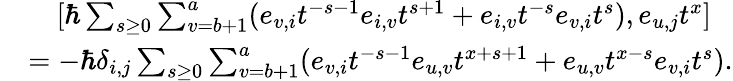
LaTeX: \begin{array}{rl}&{\quad[\hbar\sum_{s\geq 0}\sum_{v=b+1}^{a}(e_{v,i}t^{-s-1}e_{i,v}t^{s+1}+e_{i,v}t^{-s}e_{v,i}t^{s}),e_{u,j}t^{x}]}\\ &{=-\hbar\delta_{i,j}\sum_{s\geq 0}\sum_{v=b+1}^{a}(e_{v,i}t^{-s-1}e_{u,v}t^{x+s+1}+e_{u,v}t^{x-s}e_{v,i}t^{s}).}\end{array}